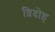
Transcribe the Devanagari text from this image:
व्रिदोह